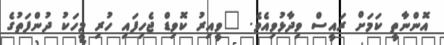
އޮންނާތީ ކަމަށް ރައީސް ވިދާޅުވިއެވެ. "ވީއިރު ކޮވިޑް ޖެހިފައި ހުރި މީހަކު ދުންފަތުގެ